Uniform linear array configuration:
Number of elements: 8
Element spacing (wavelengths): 1
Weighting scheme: exponential
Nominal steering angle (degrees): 45
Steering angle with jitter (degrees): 43.874
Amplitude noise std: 0.05
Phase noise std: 0.05

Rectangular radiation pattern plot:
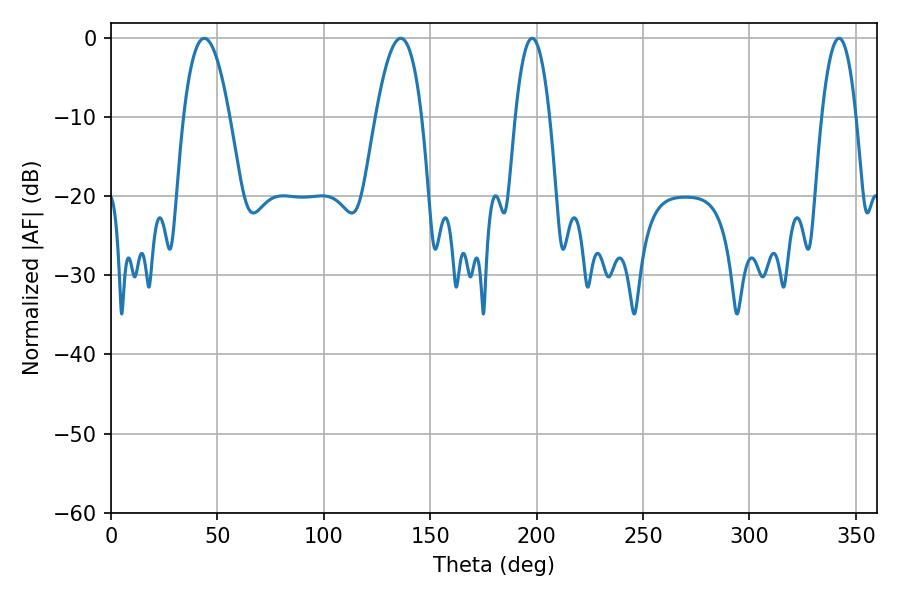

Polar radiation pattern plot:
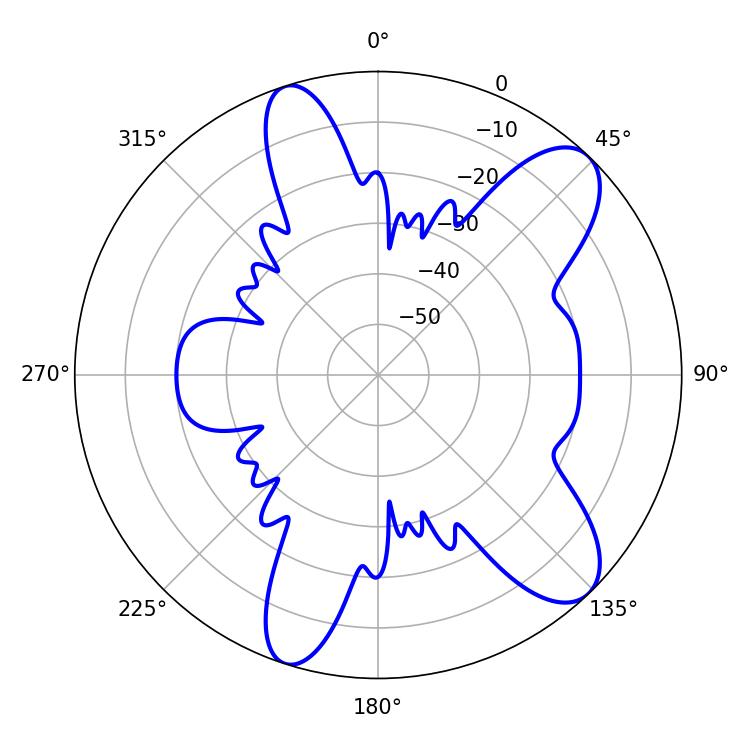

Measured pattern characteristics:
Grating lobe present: TRUE
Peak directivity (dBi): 9.754
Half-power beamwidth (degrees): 11.88
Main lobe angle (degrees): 43.92